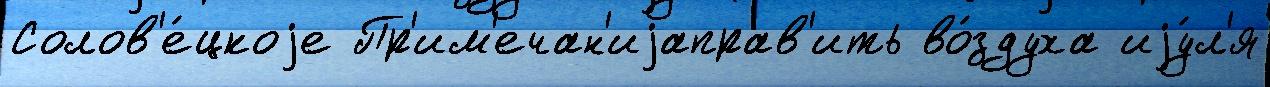
Солов'е́цкоjе Пр'им'ечан'иjаправ'ить во́здуха иjу́л'я